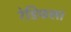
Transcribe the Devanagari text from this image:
रेडिफला